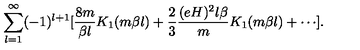
\sum _ { l = 1 } ^ { \infty } ( - 1 ) ^ { l + 1 } [ \frac { 8 m } { \beta l } K _ { 1 } ( m \beta l ) + \frac { 2 } { 3 } \frac { ( e H ) ^ { 2 } l \beta } { m } K _ { 1 } ( m \beta l ) + \cdots ] .